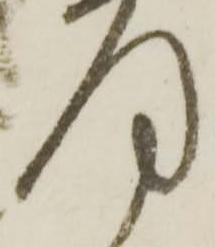
何